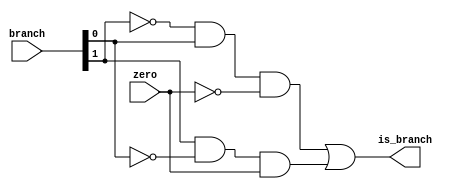
module mips_is_branch(is_branch, branch, zero);
	output reg is_branch;
	input [1:0] branch;
	input zero;
	
	
	always @* begin		
		is_branch = ( ( (!branch[1]) & branch[0] & (!zero) ) |  (branch[1] & (!branch[0]) & zero  ) ); //y = A'BC' + AB'C
	end
	
	
endmodule